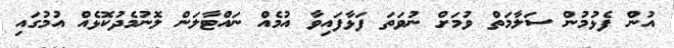
އުން ފެޅުމުން ސަލާމަތް ވުމަށް ނުވަތަ ފަޅާފައިވާ އުމެއް ނައްޓާލަން ލޮނުމެދުކޮޅެއް އުމުގައި